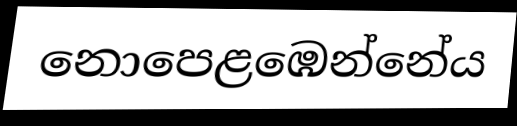
නොපෙළඹෙන්නේය